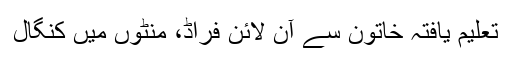
تعلیم یافتہ خاتون سے آن لائن فراڈ، منٹوں میں کنگال